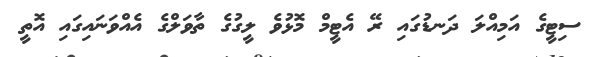
ސިޓީގެ އަމިއްލަ ދަނޑުގައި ރޭ އެޓީމް މޮޅުވެ ލީގުގެ ތާވަލްގެ އެއްވަނައިގައި އޮތީ